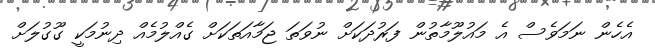
އެހެން ނަމަވެސް އެ މައުލޫމާތުން ފަރުދަކަށް ނުވަތަ ޖަމާއަތަކަށް ގެއްލުމެއް ދިނުމަކީ ގޫގުލަށް